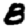
Digit: 8